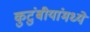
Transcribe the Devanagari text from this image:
कुटुंबीयांमध्ये